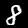
Digit: 8